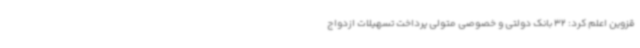
قزوین اعلم کرد: 32 بانک دولتی و خصوصی متولی پرداخت تسهیلات ازدواج